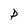
Character: P